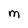
Character: M